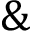
\&